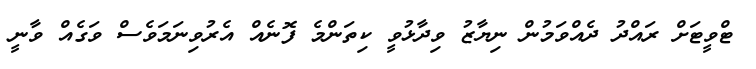
ޓްވީޓަށް ރައްދު ދެއްވަމުން ނިޔާޒު ވިދާޅުވީ ކިތަންމެ ފޮނެއް އެރުވިނަމަވެސް ވަގެއް ވާނީ